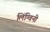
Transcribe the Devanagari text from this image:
लिंग्विनी